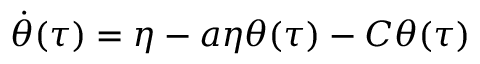
\dot { \theta } ( \tau ) = \eta - a \eta \theta ( \tau ) - C { \theta } ( \tau )